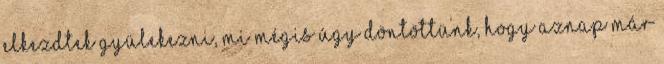
elkezdtek gyülekezni, mi mégis úgy döntöttünk, hogy aznap már